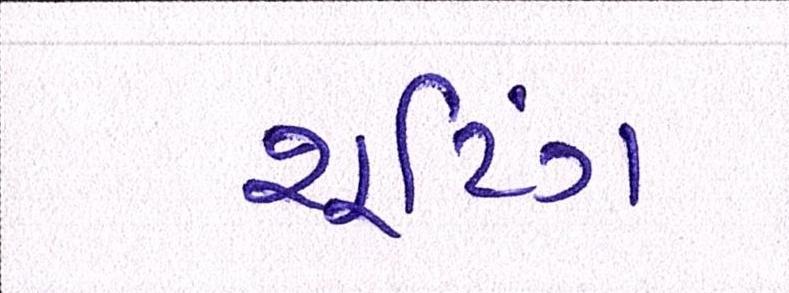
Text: શૂટિંગ